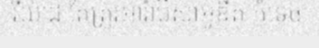
រីយ៉ាដ តែត្រូវអារ៉ាប៊ីសាអូឌីត កំទេច